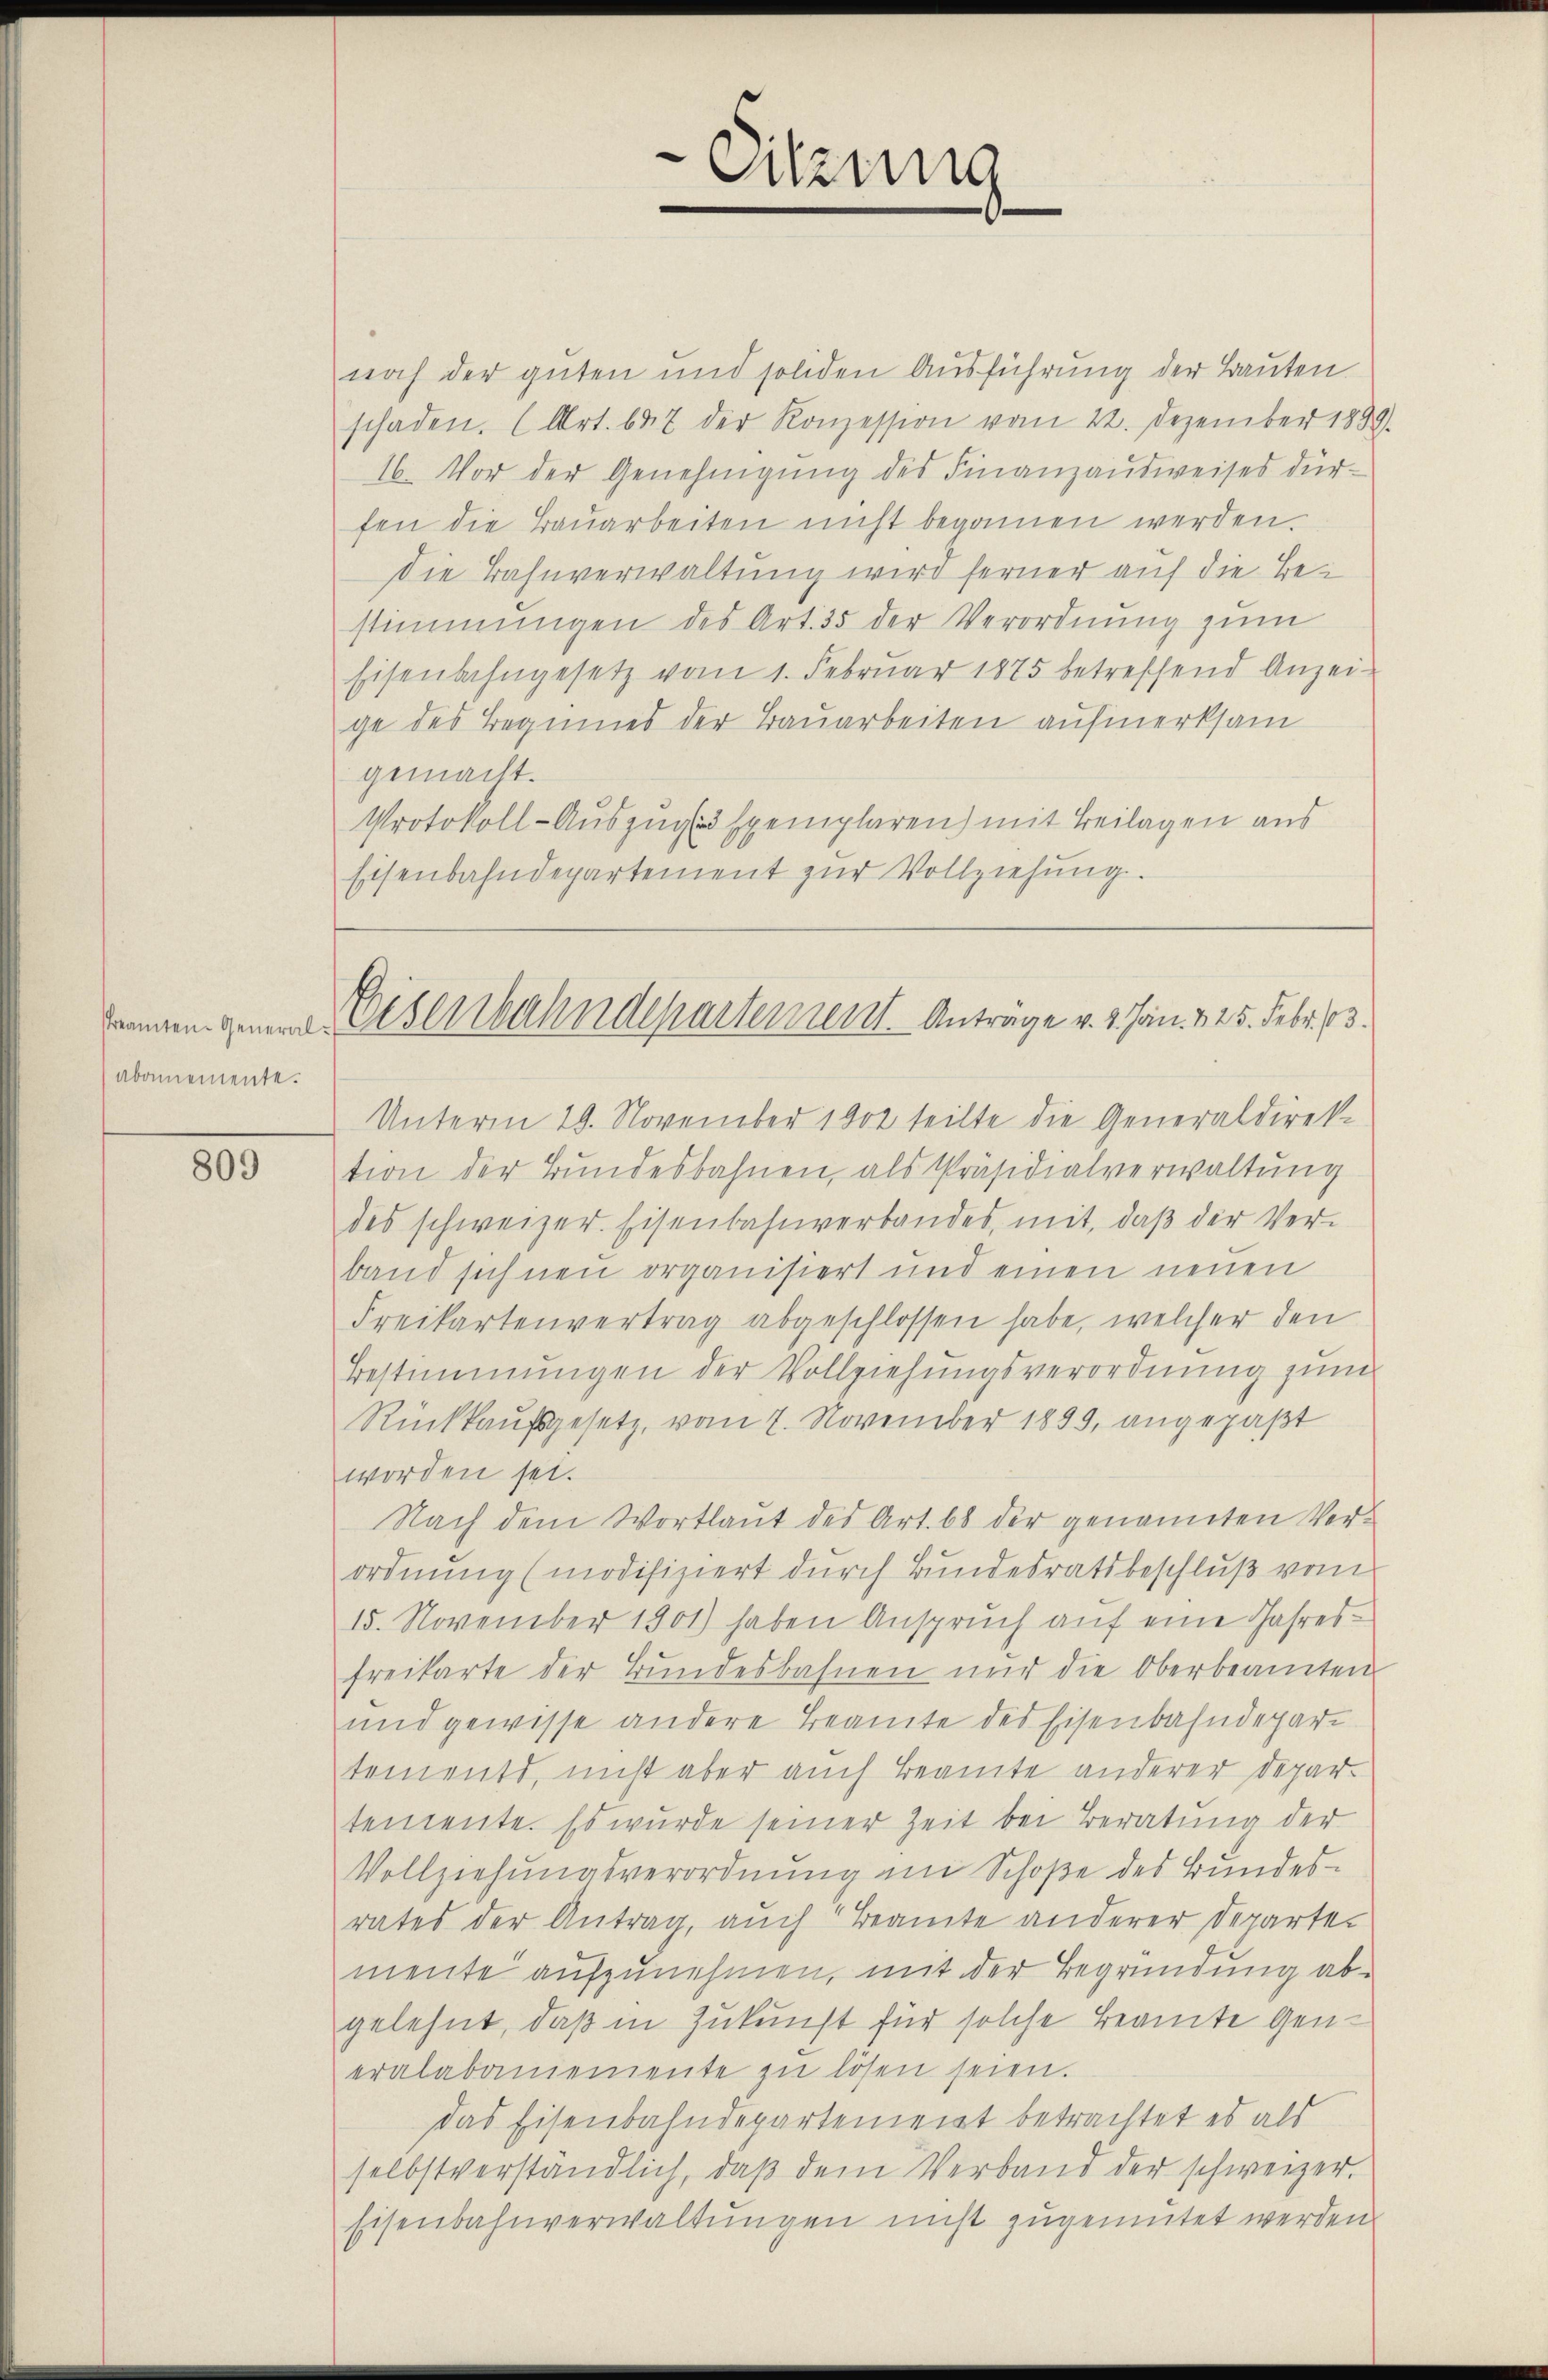
Abonnemente.

809

Sitzung

noch der guten und soliden Ausführung der Bauten
schaden. (Art. 647 der Konzession vom 22. Dezember 1889.
16. Vor der Genehmigŭng des Finanzausweises dürfen die Bauarbeiten nicht begannen werden.
Die Bahnverwaltung wird ferner auf die Bestimmungen des Art. 35 der Verordnung zum
Eisenbahngesetz vom 1. Febrŭar 1875 betreffend Anzei-
ge des Beginnes der Bauarbeiten aufmerksam
gemacht.
Protokoll-Auszug Exemplaren) mit Beilagen aus
Eisenbahndepartement zŭr Vollziehŭng.

Damen zum Wesenbahndepartement. Anträge v. 3. Jan. 125. Febr. 13.

Unterm 19. November 1902 teilte die Generaldirektion der Bŭndesbahnen, als Präsidialverwaltŭng
des schweizer. Eisenbahnverbandes, mit, daβ der Ver-
band sich neu organisiert und einen neuen
Freikartenvertrag abgeschlossen habe, welcher den
Bestimmungen der Vollziehungsverordnung zum
Rückkaufsgesetz, vom 7. November 1899, angepaßt
worden sei.
Nach dem Wortlaut des Art. 68 der genannten Verordnung (modifiziert durch Bundesratsbeschluß vom
15. November 1901) haben Anspruch auf eine Jahres-
freikarte der Bundesbahnen nur die Oberbeamten
und gewisse andere Beamte des Eisenbahndepartements, nicht aber auch Beamte anderer Departemente. Es wurde seiner Zeit bei Beratung der
Vollziehŭngsverordnŭng im Schoße des Bŭndes-
rates der Antrag, auch Beamte anderer Departemente aufzunehmen, mit der Begründung abgelehnt, daß in Zukunft für solche Beamte Generalabaniemente zŭ lösen seien.
das Eisenbahndepartement betrachtet es als
selbstverständlich, daβ dem Verband der schweizer.
Eisenbahnverwaltungen nicht zugemutet werden.